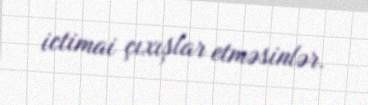
ictimai çıxışlar etməsinlər.